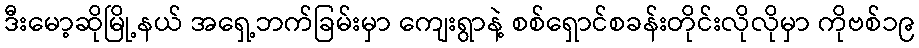
ဒီးမော့ဆိုမြို့နယ် အရှေ့ဘက်ခြမ်းမှာ ကျေးရွာနဲ့ စစ်ရှောင်စခန်းတိုင်းလိုလိုမှာ ကိုဗစ်၁၉